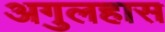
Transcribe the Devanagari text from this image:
अगुलहास